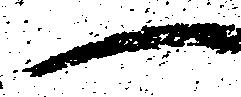
へ